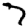
Digit: 7